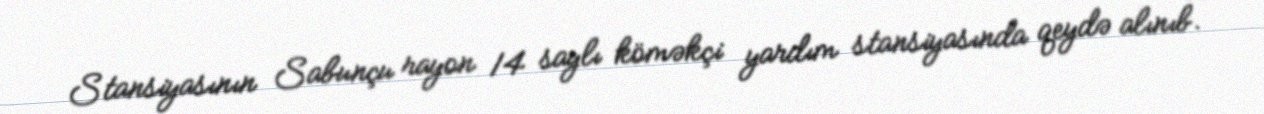
Stansiyasının Sabunçu rayon 14 saylı köməkçi yardım stansiyasında qeydə alınıb.